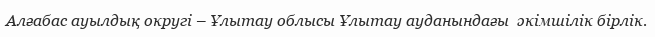
Алғабас ауылдық округі – Ұлытау облысы Ұлытау ауданындағы  әкімшілік бірлік.